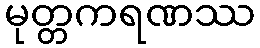
မုတ္တကရဏဿ